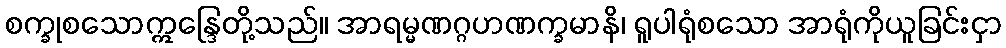
စက္ခုစသောဣန္ဒြေတို့သည်။ အာရမ္မဏဂ္ဂဟဏက္ခမာနိ၊ ရူပါရုံစသော အာရုံကိုယူခြင်းငှာ